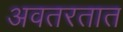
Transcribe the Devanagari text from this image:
अवतरतात